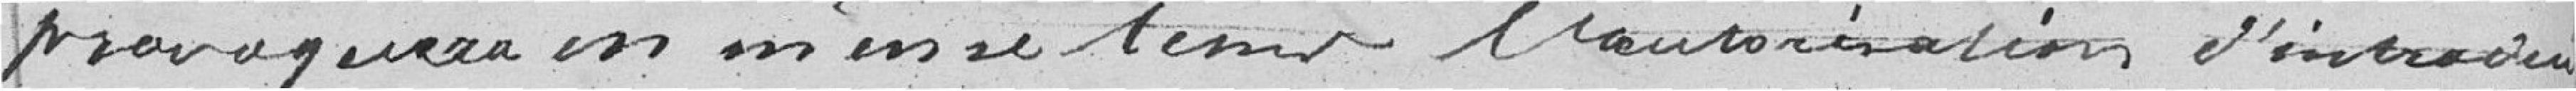
provoquera en même temps l'autorisation d'intra